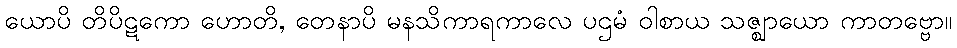
ယောပိ တိပိဋကော ဟောတိ, တေနာပိ မနသိကာရကာလေ ပဌမံ ဝါစာယ သဇ္ဈာယော ကာတဗ္ဗော။